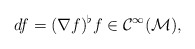
\begin{align*} df = (\nabla f)^\flat f \in \cal{C}^\infty(M),\end{align*}